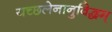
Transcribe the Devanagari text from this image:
यच्छलेनानुविद्धम्